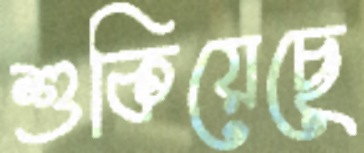
শুকিয়েছে